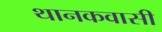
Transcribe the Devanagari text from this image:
थानकवासी